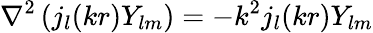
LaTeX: \nabla^{2}\left(j_{l}(kr)Y_{lm}\right)=-k^{2}j_{l}(kr)Y_{lm}